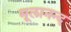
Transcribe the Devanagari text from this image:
मूलानन्द